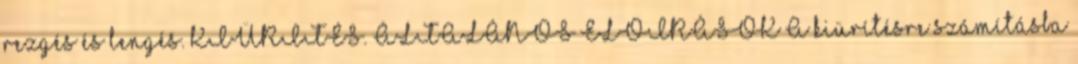
rezgés és lengés. KIÜRÍTÉS. ÁLTALÁNOS ELŐÍRÁSOK A kiürítésre számításba